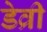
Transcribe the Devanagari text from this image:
डेव्री